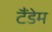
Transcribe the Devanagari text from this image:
टैंडेम